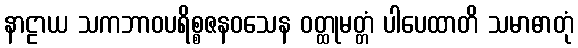
နာဠာယ သကဘာဝပရိစ္စဇနဝသေန ဝတ္ထုမတ္တံ ပါပေထာတိ သမာဓာတုံ